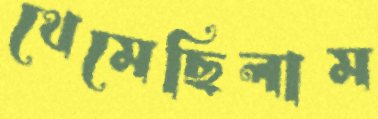
থেমেছিলাম